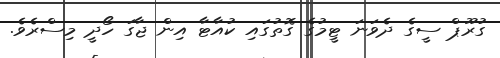
ގުރޫޕް ސީގެ ދެވަނަ ޓީމުގެ ގޮތުގައި ކުއާޓާ އިން ޖާގަ ހޯދީ މިސްރެވެ.